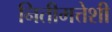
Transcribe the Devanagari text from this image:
नितीमत्तेशी